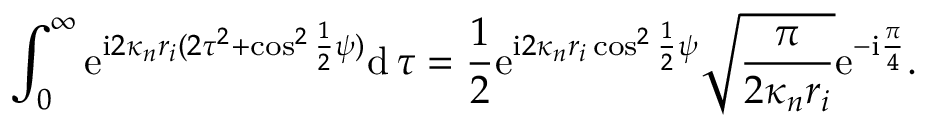
\int _ { 0 } ^ { \infty } \mathrm { e } ^ { \mathrm { i } 2 \kappa _ { n } r _ { i } ( 2 \tau ^ { 2 } + \cos ^ { 2 } \frac { 1 } { 2 } \psi ) } \mathrm { d } \, \tau = \frac { 1 } { 2 } \mathrm { e } ^ { \mathrm { i } 2 \kappa _ { n } r _ { i } \cos ^ { 2 } \frac { 1 } { 2 } \psi } \sqrt { \frac { \pi } { 2 \kappa _ { n } r _ { i } } } \mathrm { e } ^ { - \mathrm { i } \frac { \pi } { 4 } } .